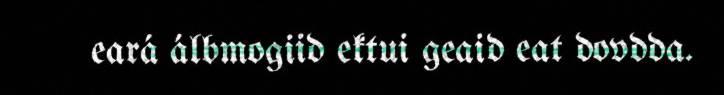
eará álbmogiid ektui geaid eat dovdda.